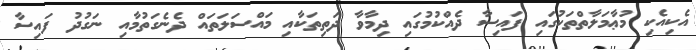
އެކިއެކި މުޢާމަލާތްތަކުގައި ފައިސާ ދެއްކުމުގައި ދިމާވާ ދަތިތަކާއި މައްސަލަތައް ދެނެގަތުމާއި ނަގުދު ފައިސާ